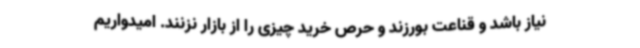
نیاز باشد و قناعت بورزند و حرص خرید چیزی را از بازار نزنند. امیدواریم